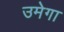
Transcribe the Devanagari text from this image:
उमेगा